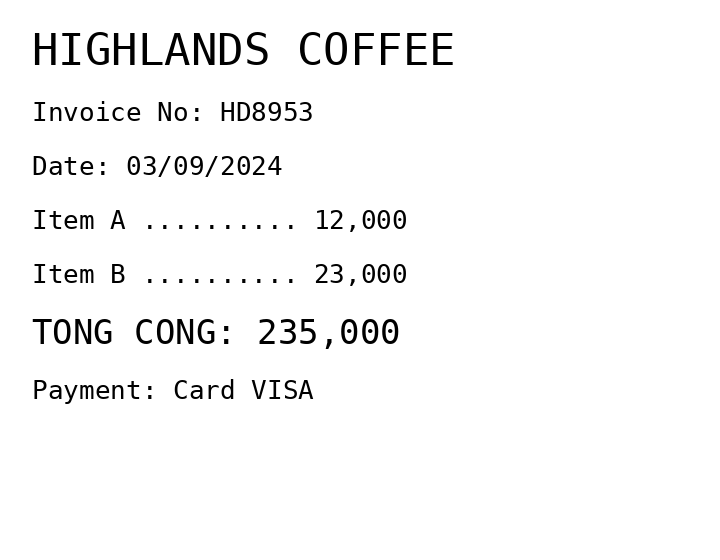
HIGHLANDS COFFEE
Invoice No: HD8953
Date: 03/09/2024
Item A .......... 12,000
Item B .......... 23,000
TONG CONG: 235,000
Payment: Card VISA
Merchant: highlands coffee
Date: 2024-09-03
Total: 235000
Invoice No: HD8953
Payment method: CARD